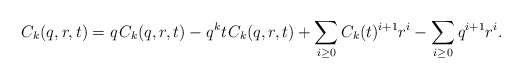
\begin{align*}C_k(q,r,t) = q \kern+1pt C_k(q,r,t) - q^k t \kern+1pt C_k(q,r,t) + \sum_{i \geq 0} C_k(t)^{i+1} r^i - \sum_{i \geq 0} q^{i+1} r^i.\end{align*}